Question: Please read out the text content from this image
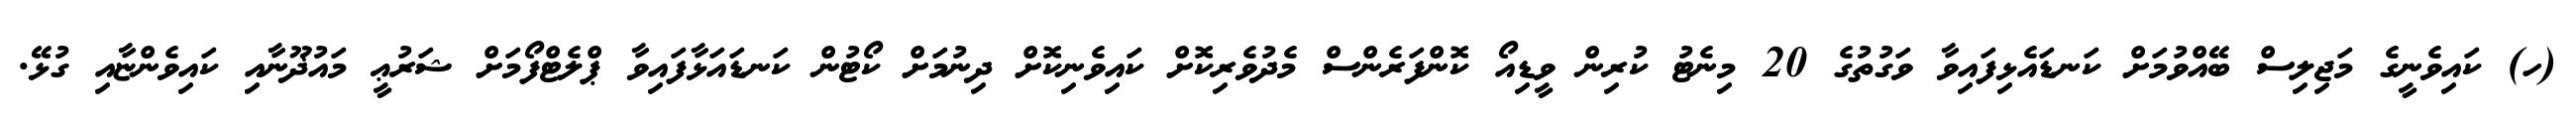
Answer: (ހ) ކައިވެނީގެ މަޖިލިސް ބޭއްވުމަށް ކަނޑައެޅިފައިވާ ވަގުތުގެ 20 މިނެޓު ކުރިން ވީޑިއޯ ކޮންފަރެންސް މެދުވެރިކޮށް ކައިވެނިކޮށް ދިނުމަށް ކޯޓުން ކަނޑައަޅާފައިވާ ޕްލެޓްފޯމަށް ޝަރުޢީ މައުޛޫނާއި ކައިވެންޏާއި ގުޅޭ.